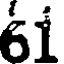
61